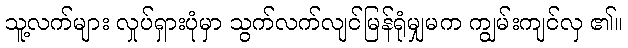
သူ့လက်များ လှုပ်ရှားပုံမှာ သွက်လက်လျင်မြန်ရုံမျှမက ကျွမ်းကျင်လှ ၏။